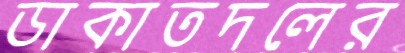
ডাকাতদলের